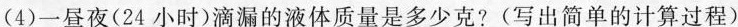
（4）一昼夜（24小时）滴漏的液体质量是多少克？（写出简单的计算过程）